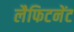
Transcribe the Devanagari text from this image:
लैफिटनेंट